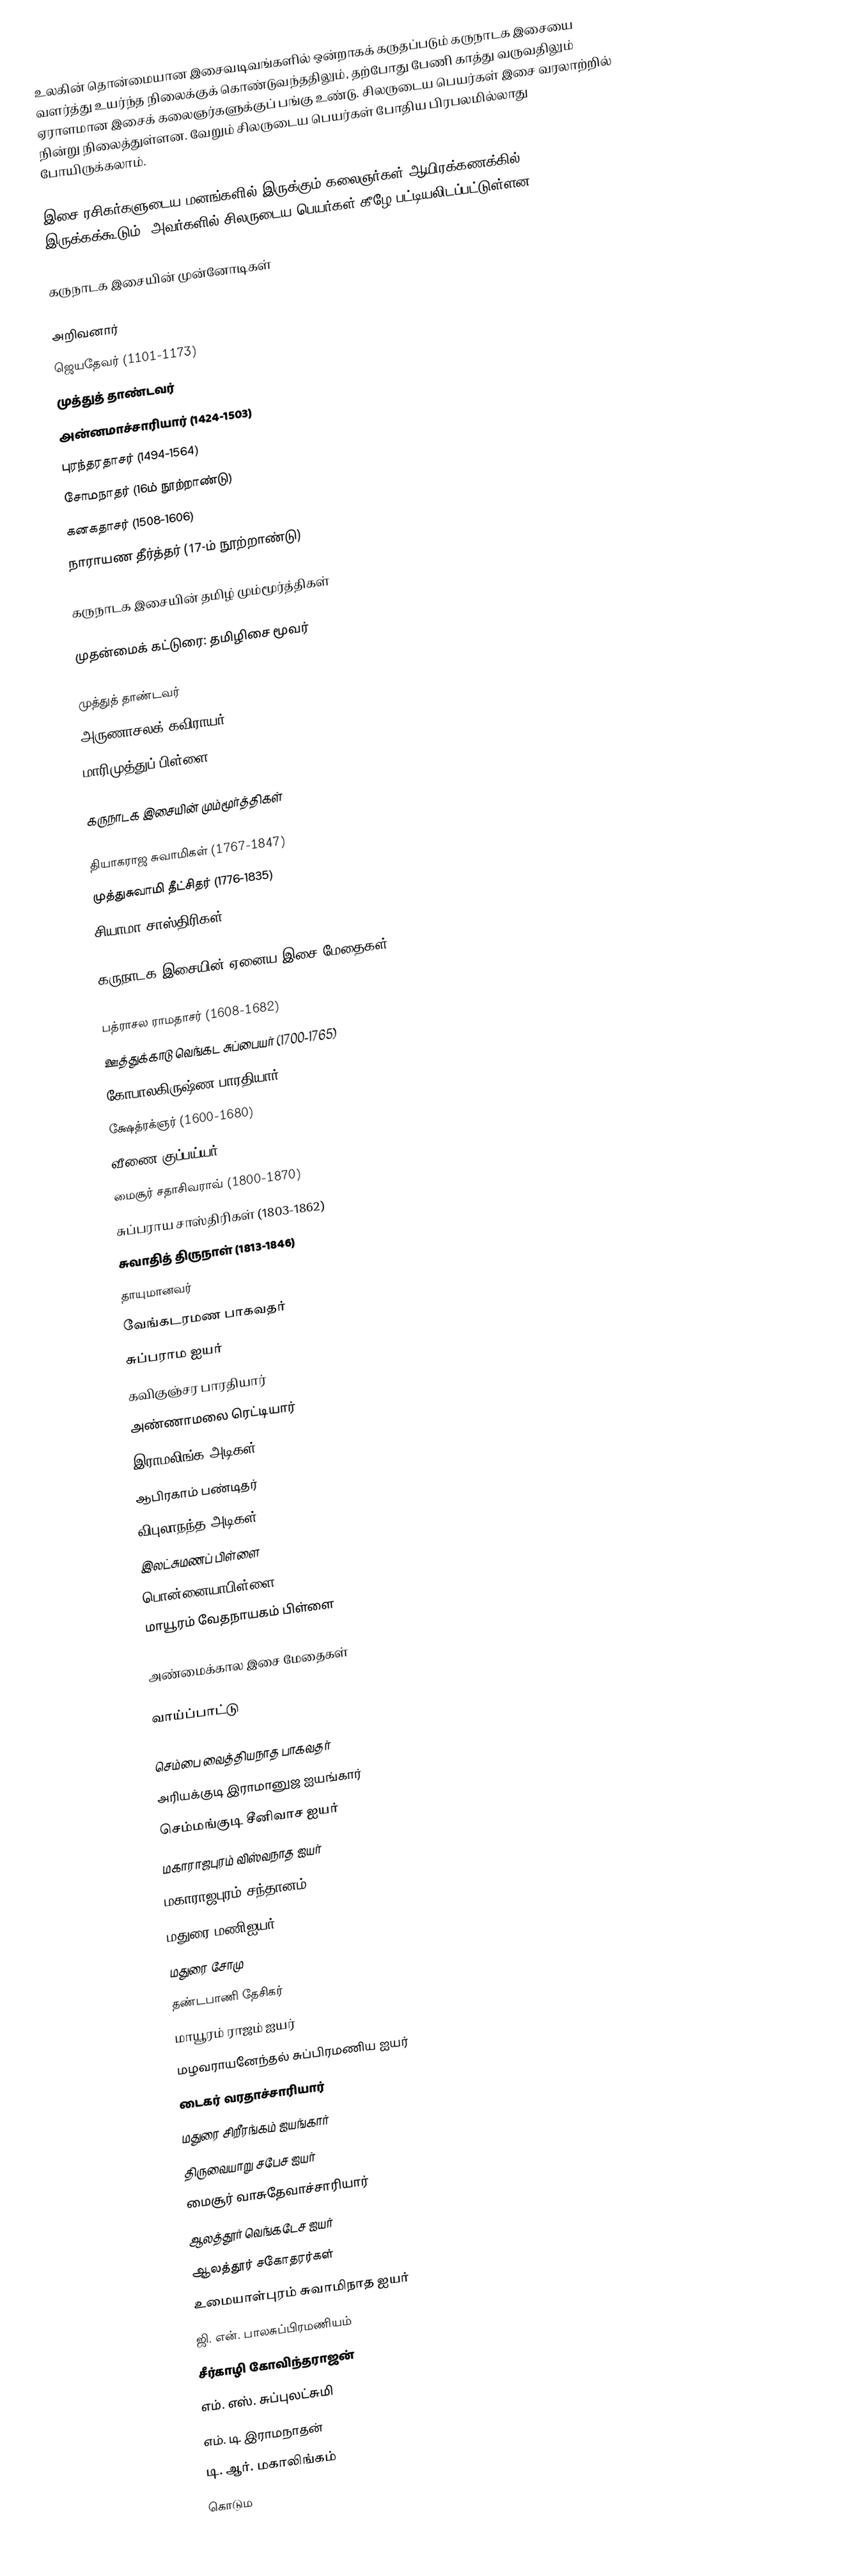
உலகின் தொன்மையான இசைவடிவங்களில் ஒன்றாகக் கருதப்படும் கருநாடக இசையை வளர்த்து உயர்ந்த நிலைக்குக் கொண்டுவந்ததிலும், தற்போது பேணி காத்து வருவதிலும் ஏராளமான இசைக் கலைஞர்களுக்குப் பங்கு உண்டு. சிலருடைய பெயர்கள் இசை வரலாற்றில் நின்று நிலைத்துள்ளன. வேறும் சிலருடைய பெயர்கள் போதிய பிரபலமில்லாது போயிருக்கலாம்.

இசை ரசிகர்களுடைய மனங்களில் இருக்கும் கலைஞர்கள் ஆயிரக்கணக்கில் இருக்கக்கூடும். அவர்களில் சிலருடைய பெயர்கள் கீழே பட்டியலிடப்பட்டுள்ளன.

கருநாடக இசையின் முன்னோடிகள்

 அறிவனார்
 ஜெயதேவர் (1101-1173)
 முத்துத் தாண்டவர்
 அன்னமாச்சாரியார் (1424-1503)
 புரந்தரதாசர் (1494-1564)
 சோமநாதர் (16ம் நூற்றாண்டு)
 கனகதாசர் (1508-1606)
 நாராயண தீர்த்தர் (17-ம் நூற்றாண்டு)

கருநாடக இசையின் தமிழ் மும்மூர்த்திகள்

முதன்மைக் கட்டுரை: தமிழிசை மூவர்

 முத்துத் தாண்டவர்
 அருணாசலக் கவிராயர் (1711-1788)
 மாரிமுத்துப் பிள்ளை

கருநாடக இசையின் மும்மூர்த்திகள்

 தியாகராஜ சுவாமிகள் (1767-1847)
 முத்துசுவாமி தீட்சிதர் (1776-1835)
 சியாமா சாஸ்திரிகள் (1762-1827)

கருநாடக இசையின் ஏனைய இசை மேதைகள்

 பத்ராசல ராமதாசர் (1608-1682)
 ஊத்துக்காடு வெங்கட சுப்பையர் (1700-1765)
 கோபாலகிருஷ்ண பாரதியார் (1811-1896)
 க்ஷேத்ரக்ஞர் (1600-1680)
 வீணை குப்பய்யர் (1798-1860)
 மைசூர் சதாசிவராவ் (1800-1870)
 சுப்பராய சாஸ்திரிகள் (1803-1862)
 சுவாதித் திருநாள் (1813-1846)
 தாயுமானவர்
 வேங்கடரமண பாகவதர்
 சுப்பராம ஐயர்
 கவிகுஞ்சர பாரதியார்
 அண்ணாமலை ரெட்டியார்
 இராமலிங்க அடிகள்
 ஆபிரகாம் பண்டிதர்
 விபுலாநந்த அடிகள்
 இலட்சுமணப் பிள்ளை
 பொன்னையாபிள்ளை
 மாயூரம் வேதநாயகம் பிள்ளை

அண்மைக்கால இசை மேதைகள்

வாய்ப்பாட்டு

 செம்பை வைத்தியநாத பாகவதர்
 அரியக்குடி இராமானுஜ ஐயங்கார்
 செம்மங்குடி சீனிவாச ஐயர்
 மகாராஜபுரம் விஸ்வநாத ஐயர்
 மகாராஜபுரம் சந்தானம்
 மதுரை மணிஐயர்
 மதுரை சோமு
 தண்டபாணி தேசிகர்
 மாயூரம் ராஜம் ஐயர்
 மழவராயனேந்தல் சுப்பிரமணிய ஐயர்
 டைகர் வரதாச்சாரியார்
 மதுரை சிறீரங்கம் ஐயங்கார்
 திருவையாறு சபேச ஐயர்
 மைசூர் வாசுதேவாச்சாரியார்
 ஆலத்தூர் வெங்கடேச ஐயர்
 ஆலத்தூர் சகோதரர்கள்
 உமையாள்புரம் சுவாமிநாத ஐயர்
 ஜி. என். பாலசுப்பிரமணியம்
 சீர்காழி கோவிந்தராஜன்
 எம். எஸ். சுப்புலட்சுமி
 எம். டி. இராமநாதன்
 டி. ஆர். மகாலிங்கம்
 கொடும